Bréfritari: Sigríður Pálsdóttir
Viðtakandi: Páll Pálsson
Dagsetning: A-1866-10-01
Skrifað á: Breiðabólsstað  Rang.
Páll var bróðir Sigríðar

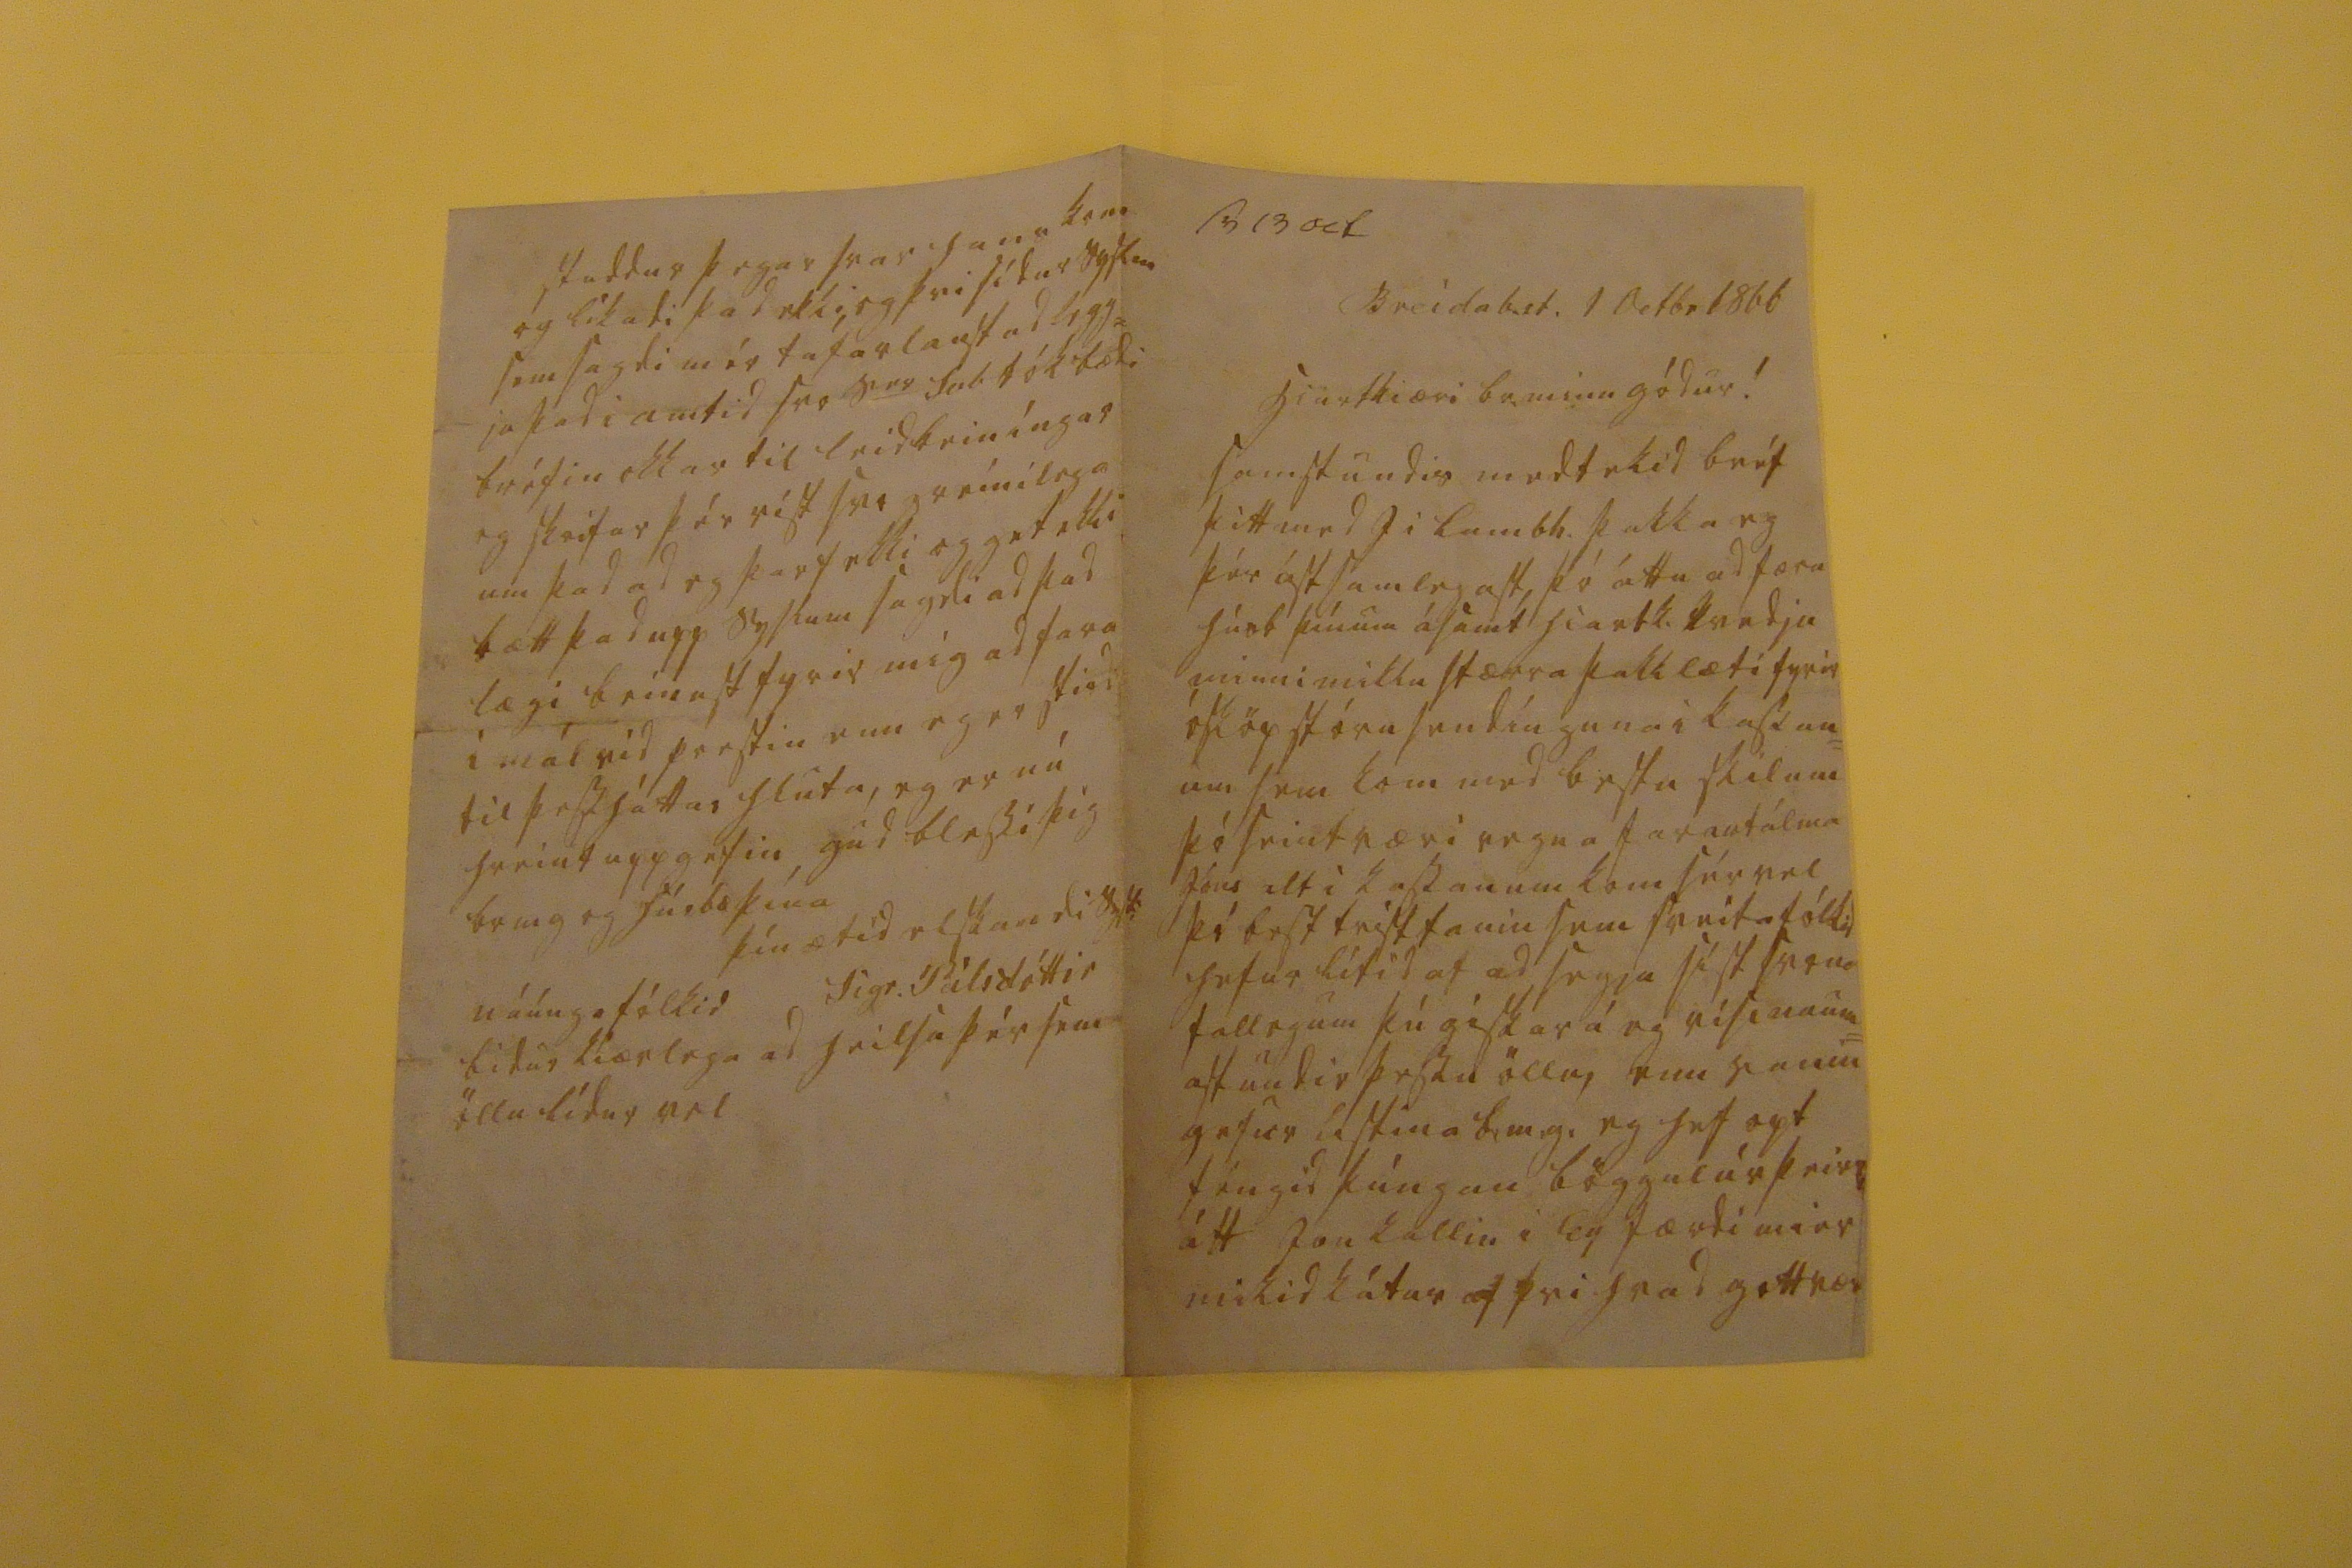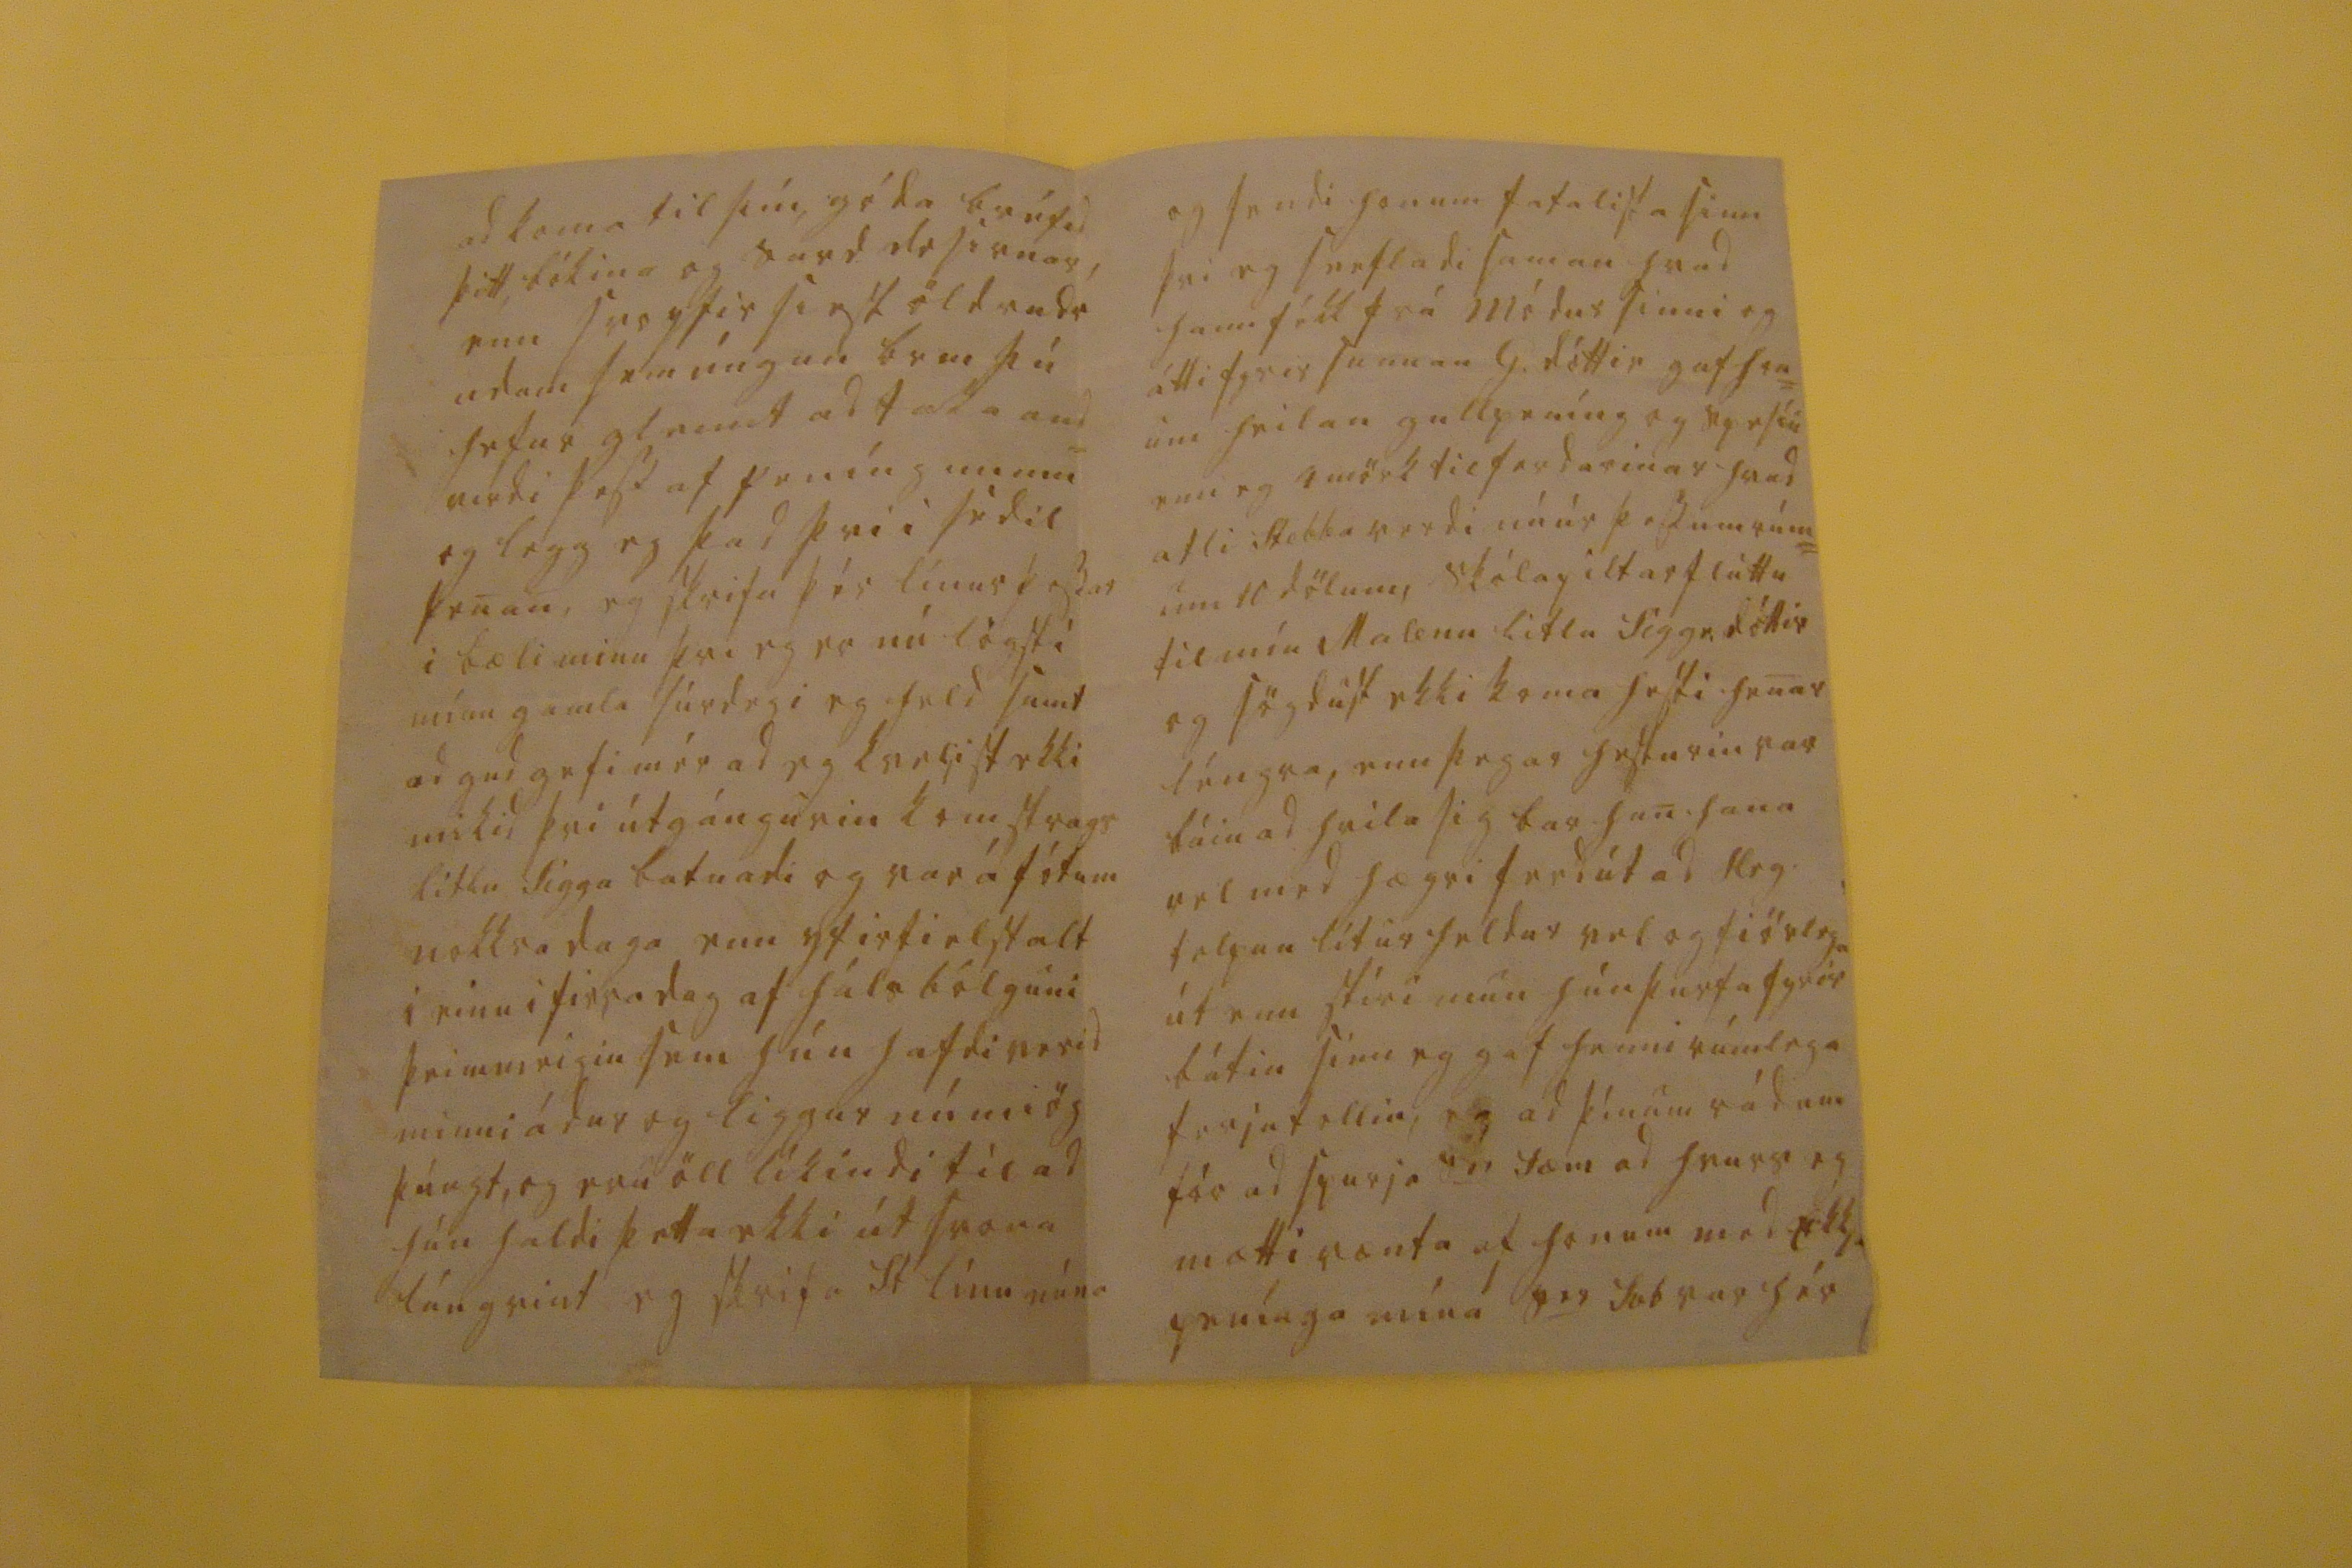

sv 13 oct
Breidab.st. 1 Octbr 1866
hiartkiæri br. minn gódur!
samstundis medtekid bréf þitt med J i Lambh. þakka eg þér ástamlegast, þó áttu ad færa húsb þínum ásamt hiartk. kvedju minni miklu stærra þakklæti fyrir ósköp stóru sendínguna i kassan= um sem kom med bestu skilum þó seint væri vegna farantálma Jóns alt i kassanum kom sér vel þó best
frist tauin
sem sveitafólkid hefur lítid af ad segja síst svona fallegum þú giskar á eg vísi naum= ast undir þessu öllu, enn vanin gefur ástina br.m.g. eg hef opt féngid þúngar böggul úr þeirri átt Jon kallin i Ey færdi mier mikid kátur af þvi hvad gottnær
ad koma til þín, góda bréfid þitt, bókina og vard dosirnar, enn svo yfir siest
öldrudrudrum
sem úngun br m þú hefur gleimt ad taka and= virdi þess af peníngunum og legg eg þad þvi i sédil þenan, eg skrifa þér línur þessar i bæli minu þvi eg er nú lögst i mínu gamla súrdegi eg held samt ad gud gefi mér ad eg kveljist ekki mikid þvi útgángurin kom strags litlu Sigg
a
batnadi og var á fótum nokkra daga enn yfirfielst alt i einu i firradag af hálsbólguni þeim meigin sem hún hafdi verid minni ádur og liggur nú miög þúngt, og eru öll líkindi til ad hún haldi þetta ekki út svona lángvint eg skrifa St línu núna
og sendi honum fatalista sinn þvi eg snefladi saman hvad hann fékk frá módur sinni og átti fyrir sunnan G. dóttir gaf hon= um heilan gullpéning og
spesiu
enn eg 4 mörk til ferdarinar hvad atli Stebba verdi nú úr þessum rúm= um 10 dölum, skólapiltar fluttu til mín Malenu litlu Siggr. dóttir og sögdust ekki koma hesti henar léngra, enn þegar hesturin var búin ad hvila sig bar han hana vel med hægri ferd út ad Hrg. telpan lítur heldur vel og fiörlega út enn stíri mun hún þurfa fyrir bátin sinn eg gaf henni rúmlega ferjutollin, eg ad þínum rádum fór ad spurja s
00
Sæm ad hvurs eg mætti vænta af honum med ekkju penínga mína s
er
Svb var hér
staddur þegar svar hans kom og líkadi þad ekki, og þvi sídur syslm sem sagdi mér tafarlaust ad legg= ja þad i amtid svo s
er
Svb tók bædi bréfin okkar til leidbeiníngar og skrifar þér víst svo greinilega um þad ad eg þarf ekki og get ekki bætt þad upp syslum sagdi ad þad lægi beinast fyrir mig ad fara i mál vid prestin enn eg er stird til þess háttar hluta, eg er nú hreint uppgefin gud blessi þig br m g og húsbæ þína
þín ætíd elskandi syst:
Sigr. Pálsdóttir
náúngafólkid bidur kiærlega ad heilsa þér sem öllu lídur vel